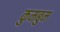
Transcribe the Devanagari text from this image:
कुमबुम